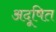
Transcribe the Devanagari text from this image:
अदूषित